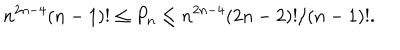
LaTeX: n ^ { 2 n - 4 } ( n - 1 ) ! \leq P _ { n } \leq n ^ { 2 n - 4 } ( 2 n - 2 ) ! / ( n - 1 ) ! .